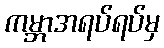
ကမ္ဘာအရပ်ရပ်မှ